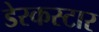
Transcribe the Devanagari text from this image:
डेस्कस्टार